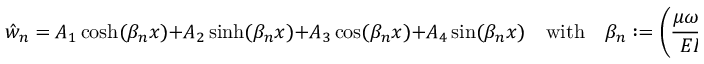
{ \hat { w } } _ { n } = A _ { 1 } \cosh ( \beta _ { n } x ) + A _ { 2 } \sinh ( \beta _ { n } x ) + A _ { 3 } \cos ( \beta _ { n } x ) + A _ { 4 } \sin ( \beta _ { n } x ) \quad { \mathrm { w i t h } } \quad \beta _ { n } : = \left( { \frac { \mu \omega _ { n } ^ { 2 } } { E I } } \right) ^ { 1 / 4 } \, .